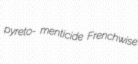
pyreto- menticide Frenchwise